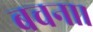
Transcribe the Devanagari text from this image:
बचना।